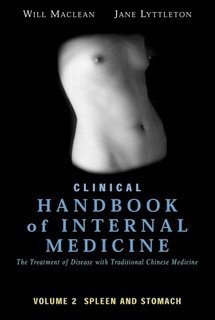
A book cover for Clinical Handbook of Internal Medicine: The Treatment of Disease with Traditional Chinese Medicine: Vol 2: Spleen and Stomach; Will MacLean; Health, Fitness & Dieting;